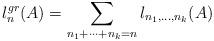
LaTeX: \begin{align*}l_{n}^{gr}(A) =\sum_{n_1+\cdots+n_k=n} l_{n_1,\ldots,n_k}(A)\end{align*}